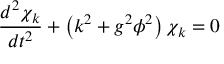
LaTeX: \frac { d ^ { 2 } \chi _ { k } } { d t ^ { 2 } } + \left( k ^ { 2 } + g ^ { 2 } \phi ^ { 2 } \right) \chi _ { k } = 0